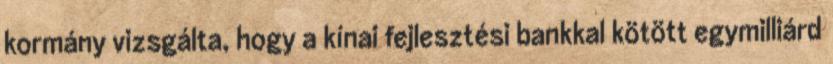
kormány vizsgálta, hogy a kínai fejlesztési bankkal kötött egymilliárd